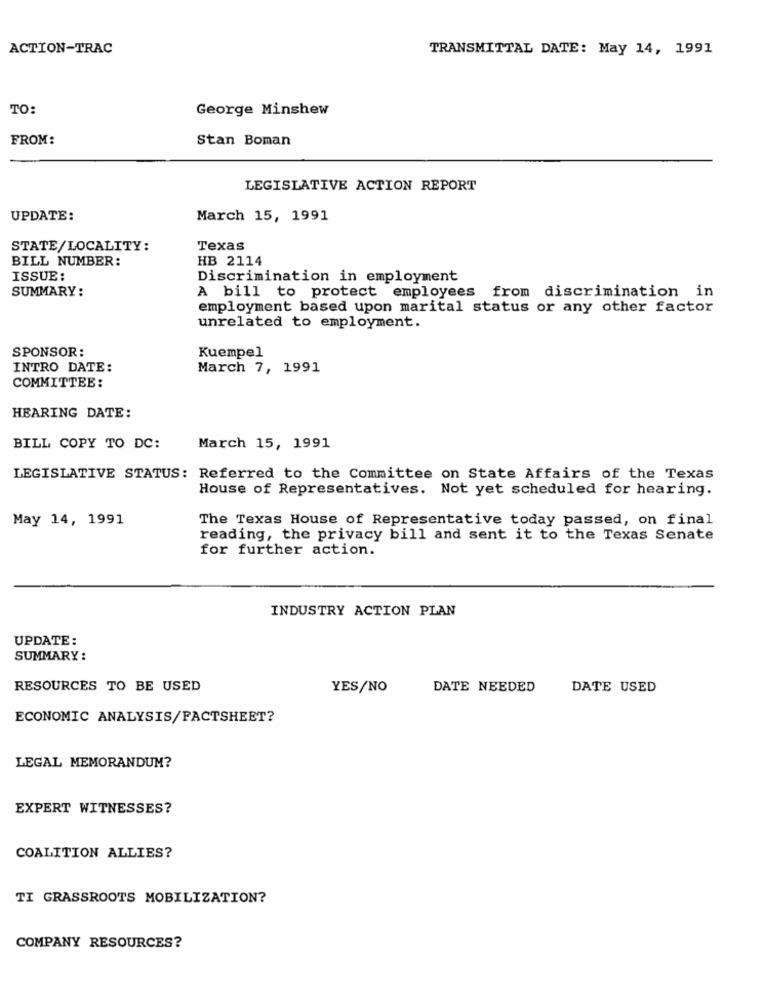
ACTION-TRAC
TRANSMITTAL DATE: May 14, 1991
TO:
George Minshew
FROM:
Stan Boman
LEGISLATIVE ACTION REPORT
UPDATE:
March 15, 1991
STATE/LOCALITY:
Texas
BILL NUMBER:
HB 2114
ISSUE:
Discrimination in employment
SUMMARY:
A bill to protect employees from discrimination in
employment based upon marital status or any other factor
unrelated to employment.
SPONSOR:
Kuempel
INTRO DATE:
March 7, 1991
COMMITTEE:
HEARING DATE:
BILL COPY TO DC:
March 15, 1991
LEGISLATIVE STATUS: Referred to the Committee on State Affairs of the Texas
House of Representatives. Not yet scheduled for hearing.
May 14, 1991
The Texas House of Representative today passed, on final
reading, the privacy bill and sent it to the Texas Senate
for further action.
INDUSTRY ACTION PLAN
UPDATE:
SUMMARY :
RESOURCES TO BE USED
YES/NO
DATE NEEDED
DATE USED
ECONOMIC ANALYSIS/FACTSHEET?
LEGAL MEMORANDUM?
EXPERT WITNESSES?
COALITION ALLIES?
TI GRASSROOTS MOBILIZATION?
COMPANY RESOURCES?